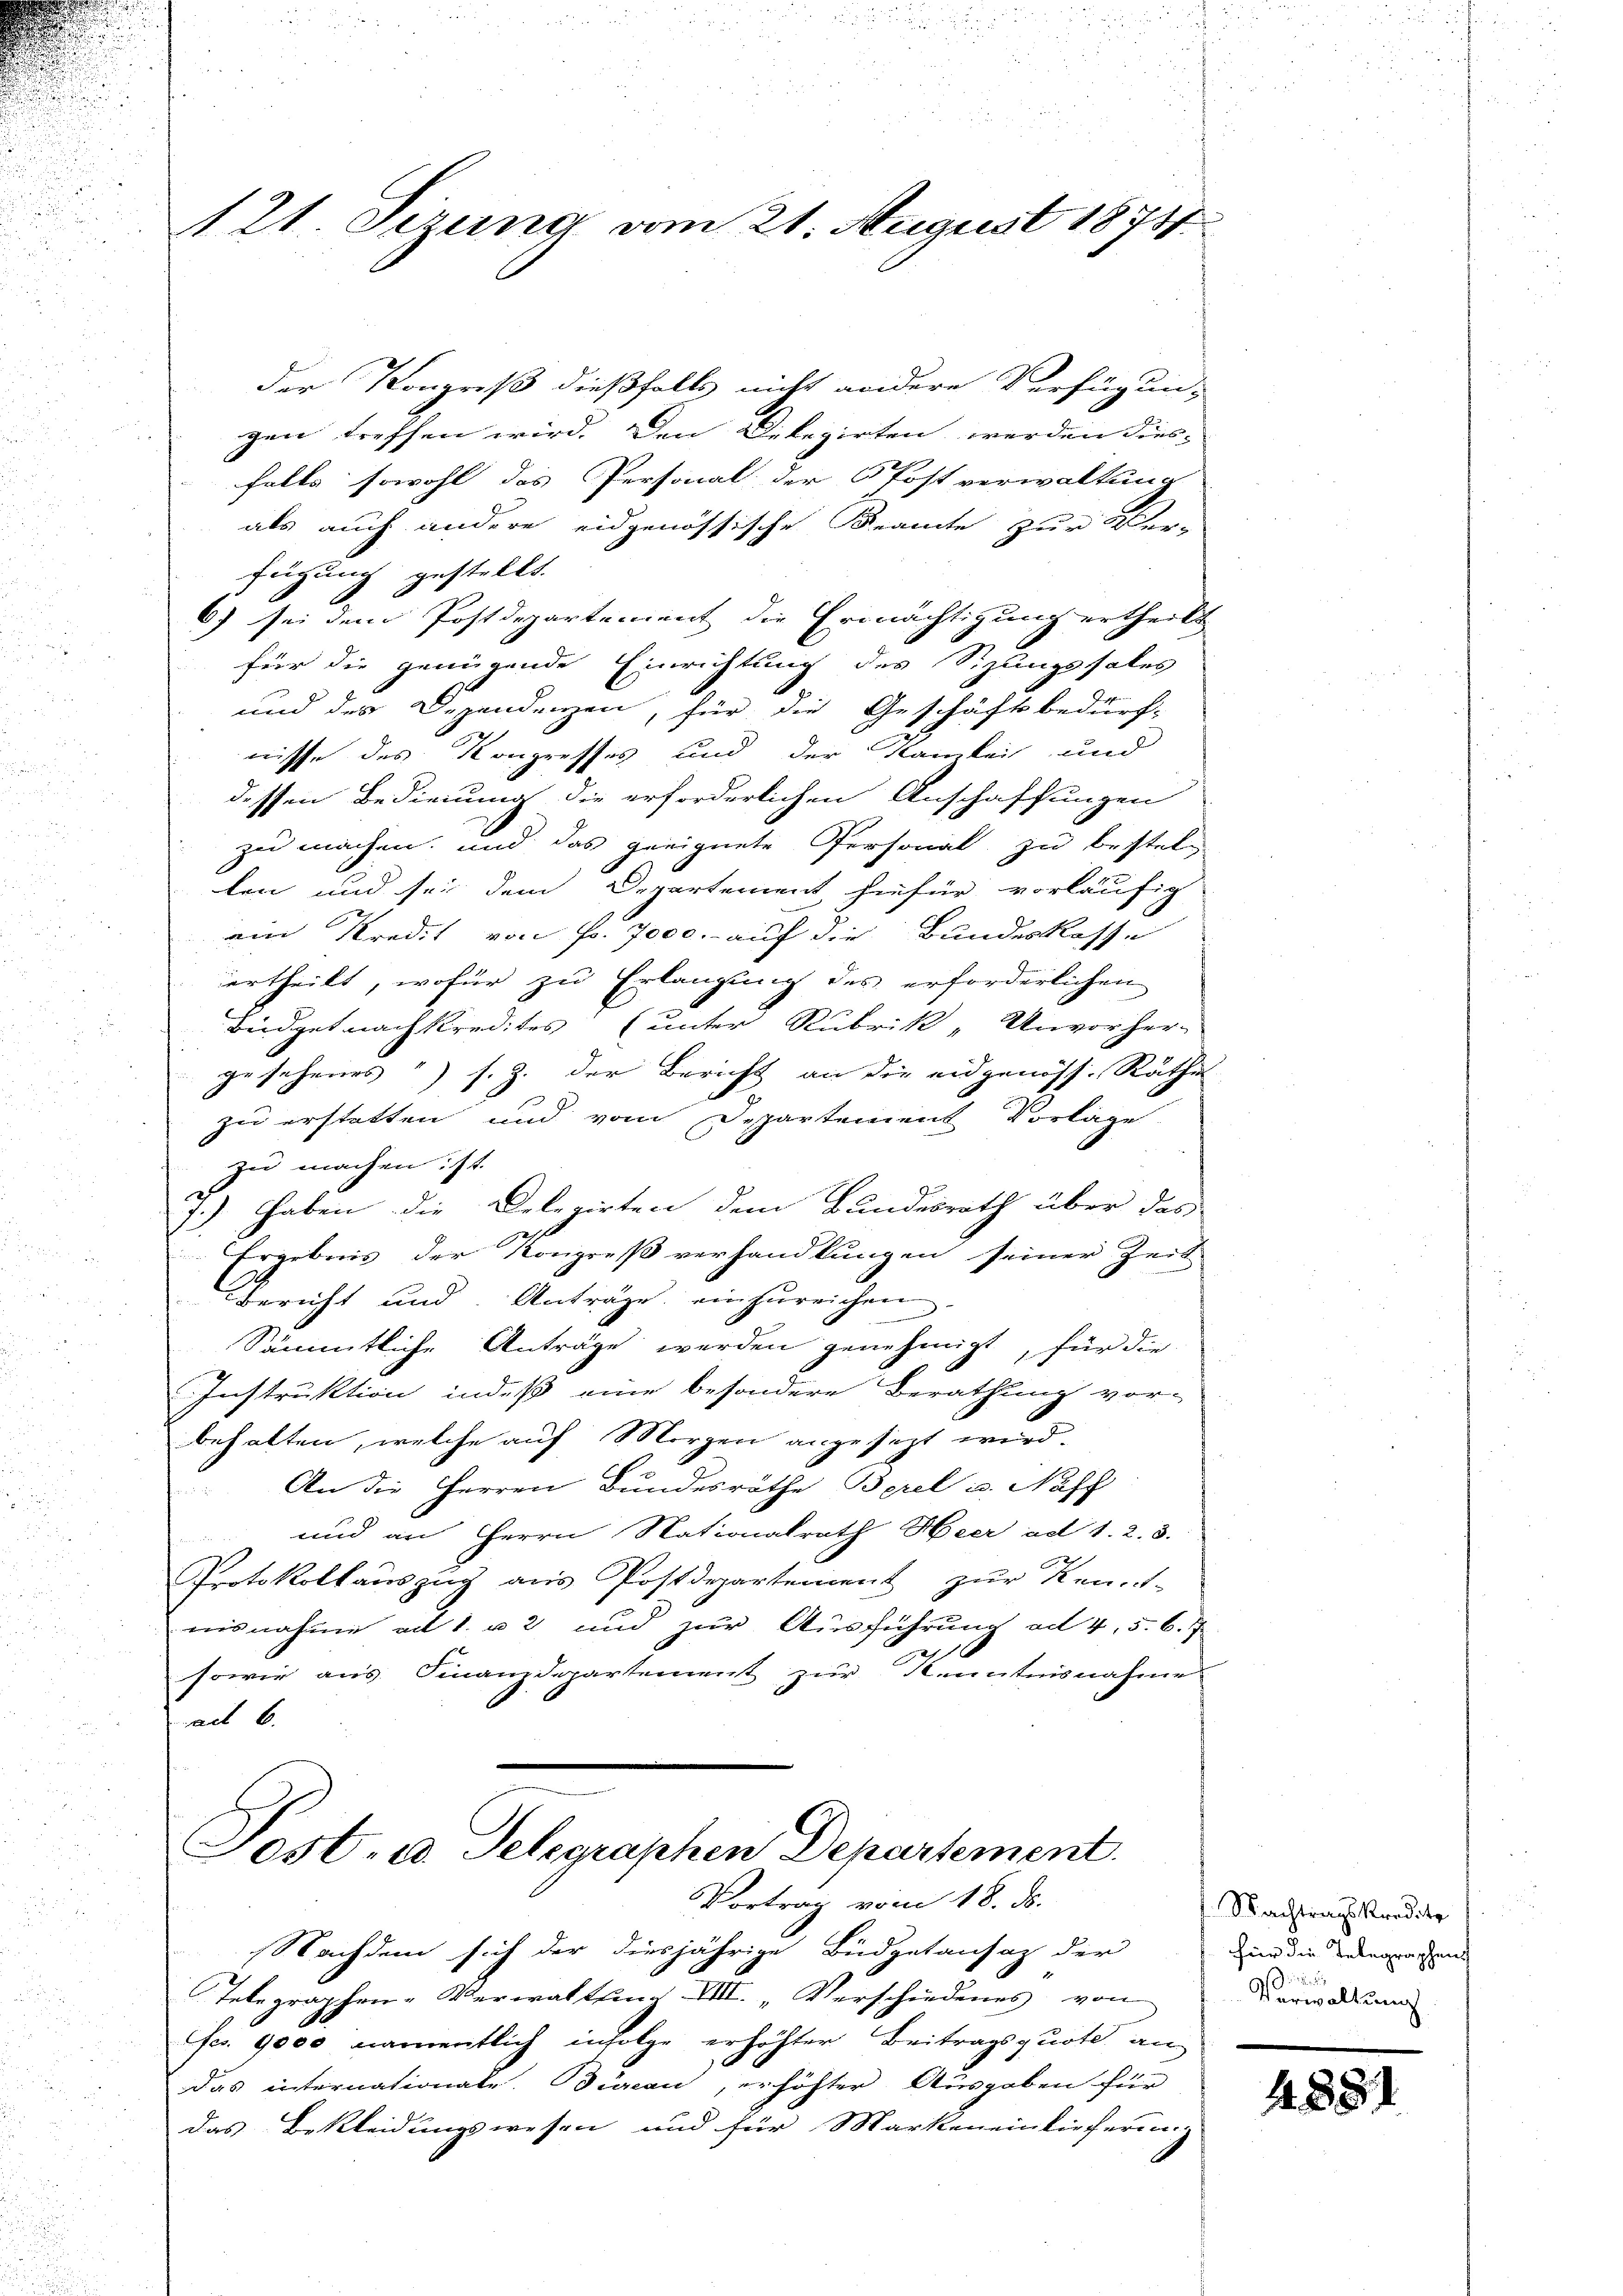
u
.

121. Seizung vom 21. August 1875

der Kongreß dießfalls nicht andere Verfügun-
gen treffen wird. Den Delegirten werden dies-
falls sowohl das Personal der Postverwaltung
als auch andere eidgenössische Beamte zur Ver-
fügung gestellt.
6) sei dem Postdepartement die Ermächtigung ertheilt
für die genügende Einrichtung des Sitzungssales
und der Degendenzen, für die Geschäftsbedürf-
nisse des Kongresses und der Kamkeit und
dessen Bedienung die erforderlichen Anschaffungen
zu machen, und das geeignete Personal zu bestellen und sei dem Departement hiefür vorläufig
am Kredit von Fr. 7000.- auf die Bundeskasse
ertheilt, wofür zu Erlangung des erforderlichen
Büdget nachkredites (unter Rubrik „Unvorher-
.
gesehenes) s. Z. der Bericht an die eidgenöss. Räthe
zu erstatten und vom Departement Vorlage
zu machen ist.
7.) Haben die Delegirten dem Bundesrath über das
Ergebnis der Kongreß verhandlungen seiner Zeit
Bericht und Anträge einzureichen
Sämmtliche Anträge werden genehmigt, für die
Instruktion indeß eine besondere Berathung vor-
behalten, welche auf Morgen angesezt wird.
An die Herren Bundesräthe Berel u. Naff
und an Herrn Stationalrath Heer ad 1. 2. 3.
Protokollauszug aus Postdepartement zur Kennt-
misnahme ad 1. u 2 und zur Ausführung ad 4, 5.6.
2
sowie aus Finanzdepartement zur Kenntnisnahme
ad 6.
Post. a Telegraphen Departement.
Vortrag vom 18. ds.
Nachdem sich der diesjährige Büdgetansaz der
Telegraphen-Verwaltung III. „Verschiedenes von
fcr. 9000 namentlich infolge erhöhter Beitragsquote, an
das internationale. Büreau, erhöhter Ausgaben für
das Bekleidungswesen und für Markeneinkircherung

Nachtragskredite
für die Telegraphens
Verwaltung

4881